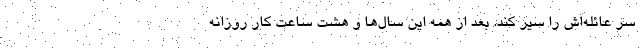
سر عائله‌اش را سیر کند. بعد از همه این سال‌ها و هشت ساعت کارِ روزانه